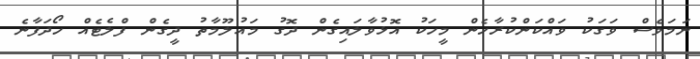
ނަމަވެސް ވަގަކު ވައްކަންކުރާހެން މީހަކު އޮޅުވާލައިގެން ދޮގު މައުލޫމާތު ދީގެން ފްލެޓެއް ހޯދަފާނެ